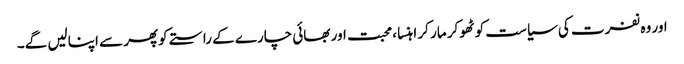
اور وہ نفرت کی سیاست کو ٹھوکر مار کر اہنسا ،محبت اور بھائی چارے کے راستے کوپھر سے اپنالیں گے۔